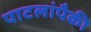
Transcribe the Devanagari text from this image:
पाटलांपैकी